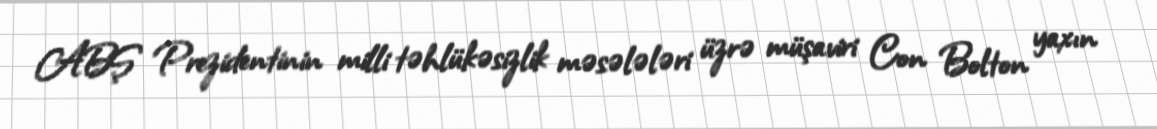
ABŞ Prezidentinin milli təhlükəsizlik məsələləri üzrə müşaviri Con Bolton yaxın